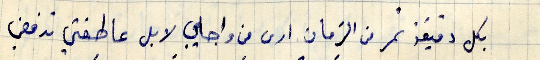
بكل دقيقة تمر من الزمان ارى من واجابي لا بل عاطفتي ترفض